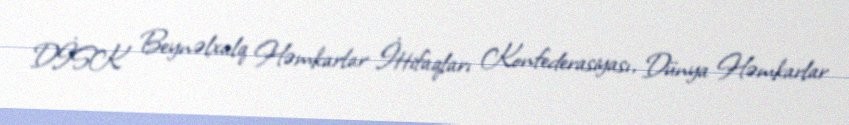
DİSK Beynəlxalq Həmkarlar İttifaqları Konfederasiyası, Dünya Həmkarlar